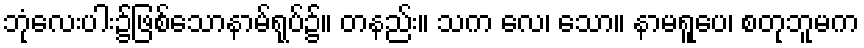
ဘုံလေးပါး၌ဖြစ်သောနာမ်ရုပ်၌။ တနည်း။ သက လေ၊ သော။ နာမရူပေ၊ စတုဘူမက